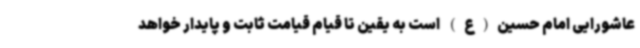
عاشورایی امام حسین(ع) است به یقین تا قیام قیامت ثابت و پایدار خواهد